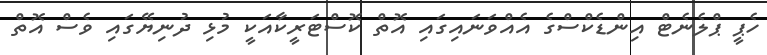
ހެޕީ ޕްލެނެޓް އިންޑެކްސްގެ އެއްވަނައިގައި އޮތް ކޮސްޓަރީކާއަކީ މުޅި ދުނިޔޭގައި ވެސް އޮތް